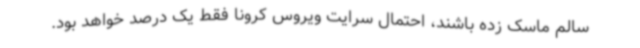
سالم ماسک زده باشند، احتمال سرایت ویروس کرونا فقط یک درصد خواهد بود.